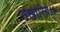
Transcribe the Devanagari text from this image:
उखारिये।।